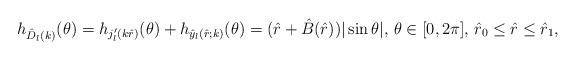
LaTeX: \begin{align*}h_{\hat{D}_l(k)}(\theta)=h_{{j}'_l(k\hat{r})}(\theta)+h_{\hat{y}_l(\hat{r};k)}(\theta)=(\hat{r}+\hat{B}(\hat{r}))|\sin\theta|,\,\theta\in[0,2\pi],\,\hat{r}_0\leq \hat{r}\leq\hat{r}_1,\end{align*}